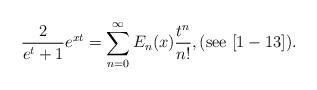
LaTeX: \begin{align*}\frac{2}{e^t+1}e^{xt} = \sum_{n=0}^\infty E_n(x) \frac{t^n}{n!}, (\textnormal{see} \,\, [1-13]).\end{align*}